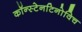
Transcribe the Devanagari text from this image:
कॉन्स्टेनटिनोविच